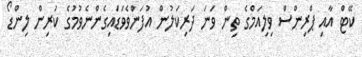
ކޭޓް އާއި ޕްރިންސް ވިލިއަމްގެ ތިން ވަނަ ދަރިކަލުން އުފަންވެވަޑައިގެންނެވުމުގެ ކުރިން ލިންޑޯ